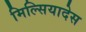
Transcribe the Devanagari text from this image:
मिल्सियादेस